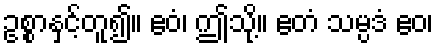
ဥစ္စာနှင့်တူ၍။ ဧဝံ၊ ဤသို့။ ဧတံ သမ္ပဒံ ဧဝ၊